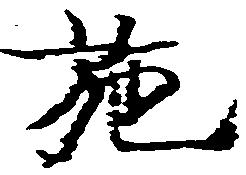
施